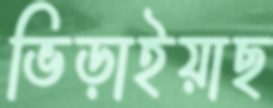
ভিড়াইয়াছ